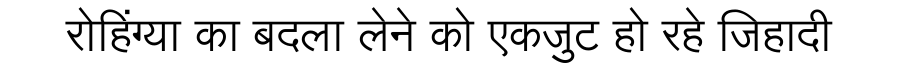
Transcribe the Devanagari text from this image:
रोहिंग्या का बदला लेने को एकजुट हो रहे जिहादी